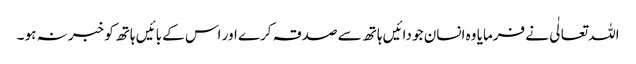
اللہ تعالٰی نے فرمایا وہ انسان جو دائیں ہاتھ سے صدقہ کرے اور اس کے بائیں ہاتھ کو خبر نہ ہو ۔